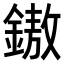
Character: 𨫼